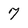
Character: 7